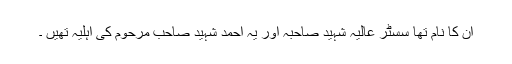
ان کا نام تھا سسٹر عالیہ شہید صاحبہ اور یہ احمد شہید صاحب مرحوم کی اہلیہ تھیں ۔